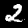
Digit: 2